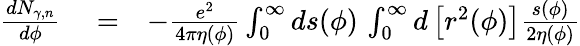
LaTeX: \begin{array}{rlr}{\frac{dN_{\gamma,n}}{d\phi}}&{{}=}&{-\frac{e^{2}}{4\pi\eta(\phi)}\int_{0}^{\infty}ds(\phi)\, \int_{0}^{\infty}d\left[r^{2}(\phi)\right]\frac{s(\phi)}{2\eta(\phi)}}\end{array}